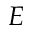
E